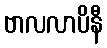
ဗာလလာပိနီ